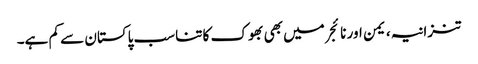
تنزانیہ، یمن اور نائجر میں بھی بھوک کا تناسب پاکستان سے کم ہے۔